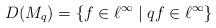
LaTeX: \begin{align*}D(M_{q})=\{f\in\ell^{\infty}\;|\;qf\in\ell^{\infty}\}\end{align*}